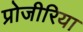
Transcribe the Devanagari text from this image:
प्रोजीरिया